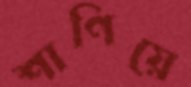
শাণিয়ে